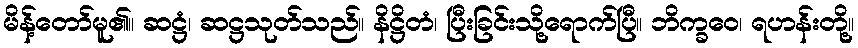
မိန့်တော်မူ၏။ ဆဋ္ဌံ၊ ဆဋ္ဌသုတ်သည်။ နိဋ္ဌိတံ၊ ပြီးခြင်းသို့ရောက်ပြီ။ ဘိက္ခဝေ၊ ရဟန်းတို့။